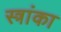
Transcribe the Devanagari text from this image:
स्त्रांका